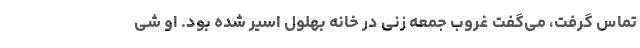
تماس گرفت، می‌گفت غروب جمعه زنی در خانه بهلول اسیر شده بود. او شی